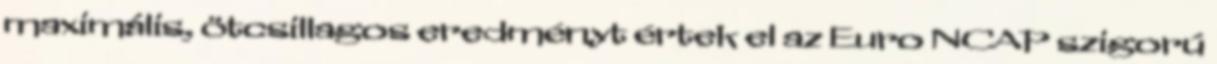
maximális, ötcsillagos eredményt értek el az Euro NCAP szigorú